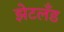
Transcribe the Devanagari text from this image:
झेटलँड